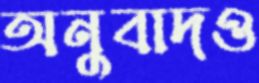
অনুবাদও